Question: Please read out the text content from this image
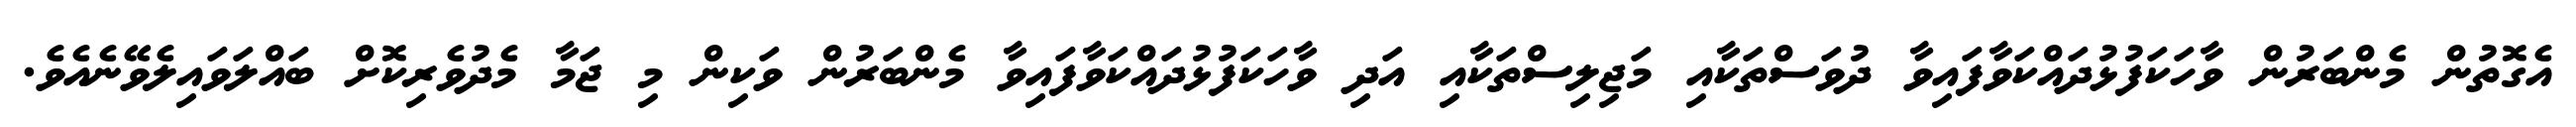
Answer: އެގޮތުން މެންބަރުން ވާހަކަފުޅުދައްކަވާފައިވާ ދުވަސްތަކާއި މަޖިލިސްތަކާއި އަދި ވާހަކަފުޅުދައްކަވާފައިވާ މެންބަރުން ވަކިން މި ޖަމާ މެދުވެރިކޮށް ބައްލަވައިލެވޭނެއެވެ.